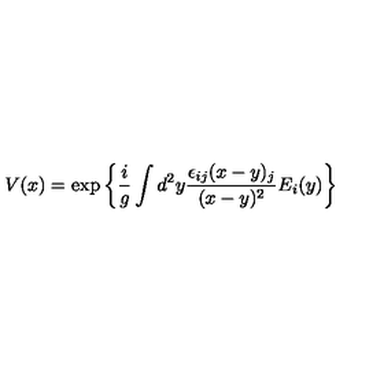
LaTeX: V ( x ) = \exp \left\{ \frac { i } { g } \int d ^ { 2 } y \frac { \epsilon _ { i j } ( x - y ) _ { j } } { ( x - y ) ^ { 2 } } E _ { i } ( y ) \right\}